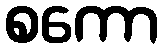
စကော